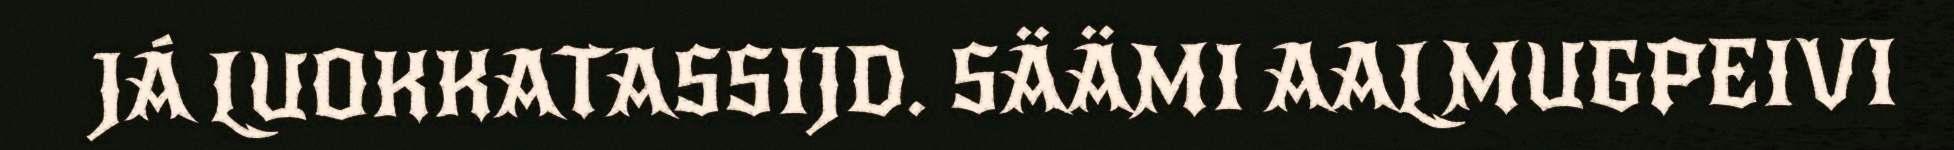
JÁ LUOKKATASSIJD. SÄÄMI AALMUGPEIVI